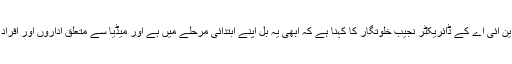
میڈیا کے حقوق کی ایک تنظیم، این آئی اے کے ڈائریکٹر نجیب خلوتگار کا کہنا ہے کہ ابھی یہ بل اپنے ابتدائی مرحلے میں ہے اور میڈیا سے متعلق اداروں اور افراد کی رائے معلوم کی جا رہی ہے۔